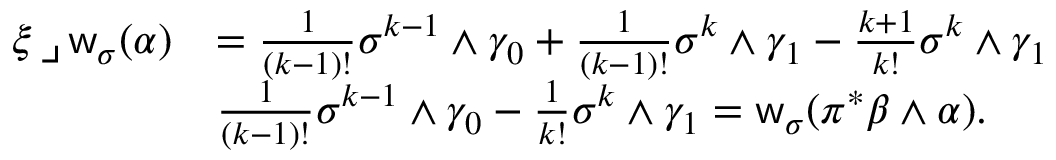
\begin{array} { r l } { \xi \operatorname { \lrcorner } \mathsf { w } _ { \sigma } ( \alpha ) } & { = \frac { 1 } { ( k - 1 ) ! } \sigma ^ { k - 1 } \wedge \gamma _ { 0 } + \frac { 1 } { ( k - 1 ) ! } \sigma ^ { k } \wedge \gamma _ { 1 } - \frac { k + 1 } { k ! } \sigma ^ { k } \wedge \gamma _ { 1 } } \\ & { \frac { 1 } { ( k - 1 ) ! } \sigma ^ { k - 1 } \wedge \gamma _ { 0 } - \frac { 1 } { k ! } \sigma ^ { k } \wedge \gamma _ { 1 } = \mathsf { w } _ { \sigma } ( \pi ^ { \ast } \beta \wedge \alpha ) . } \end{array}